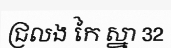
ជ្រលង កៃ ស្នា 32